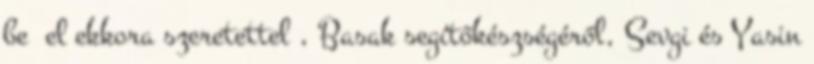
be el ekkora szeretettel , Basak segítőkészségéről, Sevgi és Yasin